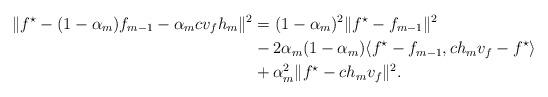
LaTeX: \begin{align*}\|f^{\star} - (1-\alpha_m)f_{m-1} - \alpha_mcv_fh_m \|^2 & = (1-\alpha_m)^2\|f^{\star} - f_{m-1}\|^2 \\& - 2\alpha_m(1-\alpha_m)\langle f^{\star} - f_{m-1}, ch_mv_f - f^{\star} \rangle \\ & + \alpha^2_m\|f^{\star} - ch_mv_f\|^2.\end{align*}